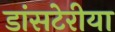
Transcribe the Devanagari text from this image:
डांसटेरीया